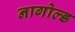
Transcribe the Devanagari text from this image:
नागोल्ड